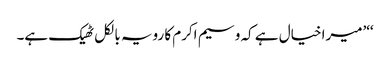
‘‘’میرا خیال ہے کہ وسیم اکرم کا رویہ بالکل ٹھیک ہے۔